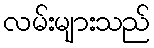
လမ်းများသည်